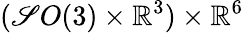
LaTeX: (\mathscr{S}O(3)\times\mathbb{{R}}^{3})\times\mathbb{{R}}^{6}